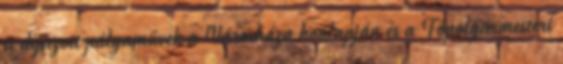
a díjazott pályaművek a Városháza honlapján és a Főpolgármesteri